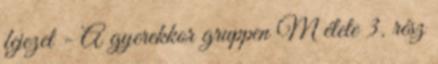
fejezet - A gyerekkor gruppen M élete 3. rész